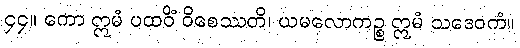
၄၄။ ကော ဣမံ ပထဝိံ ဝိစေဿတိ၊ ယမလောကဉ္စ ဣမံ သဒေဝကံ။